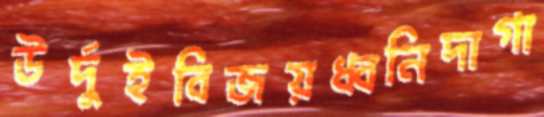
উর্দুইবিজয়ধ্বনিদাগা